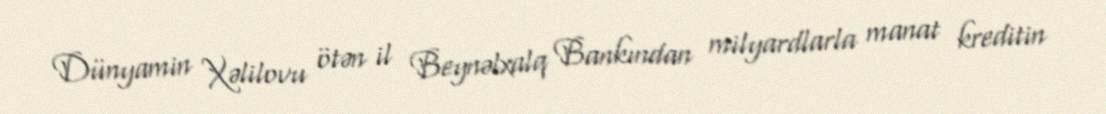
Dünyamin Xəlilovu ötən il Beynəlxalq Bankından milyardlarla manat kreditin